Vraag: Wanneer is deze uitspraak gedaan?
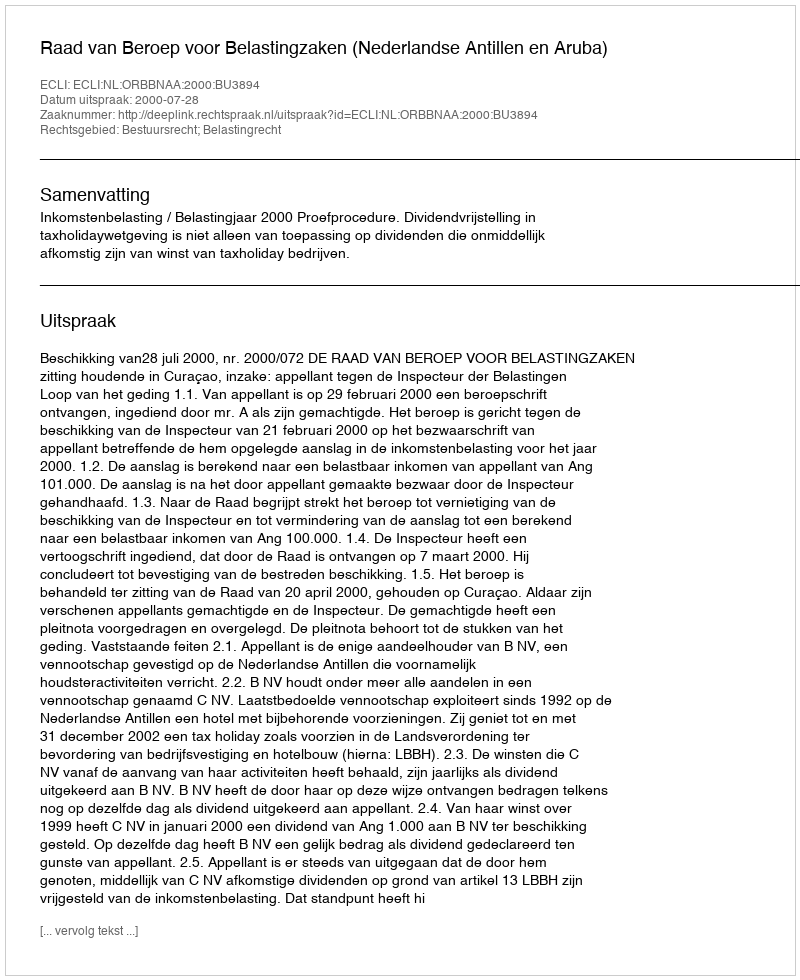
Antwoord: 2000-07-28